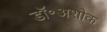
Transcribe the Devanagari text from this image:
डॉ॰अशोक